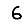
Digit: 6